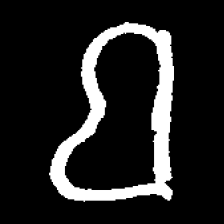
Pyu character \u2014 Myanmar letter: ဗ (romanized: ba)